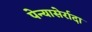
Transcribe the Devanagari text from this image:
पेन्यासेर्रादा